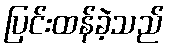
ပြင်းထန်ခဲ့သည်